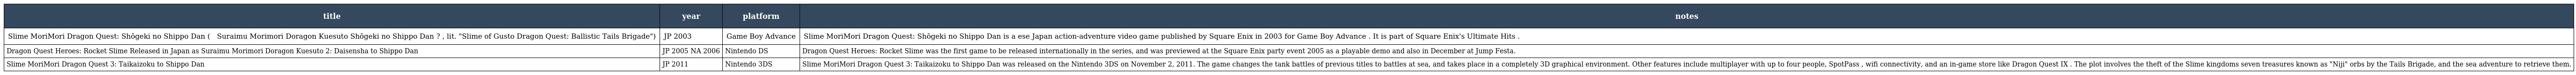
| title | year | platform | notes |
 | --- | --- | --- | --- |
 | Slime MoriMori Dragon Quest: Shōgeki no Shippo Dan ( スライムもりもりドラゴンクエスト 衝撃のしっぽ団 Suraimu Morimori Doragon Kuesuto Shōgeki no Shippo Dan ? , lit. "Slime of Gusto Dragon Quest: Ballistic Tails Brigade") | JP 2003 | Game Boy Advance | Slime MoriMori Dragon Quest: Shōgeki no Shippo Dan is a ese Japan action-adventure video game published by Square Enix in 2003 for Game Boy Advance . It is part of Square Enix's Ultimate Hits . |
 | Dragon Quest Heroes: Rocket Slime Released in Japan as Suraimu Morimori Doragon Kuesuto 2: Daisensha to Shippo Dan | JP 2005 NA 2006 | Nintendo DS | Dragon Quest Heroes: Rocket Slime was the first game to be released internationally in the series, and was previewed at the Square Enix party event 2005 as a playable demo and also in December at Jump Festa. |
 | Slime MoriMori Dragon Quest 3: Taikaizoku to Shippo Dan | JP 2011 | Nintendo 3DS | Slime MoriMori Dragon Quest 3: Taikaizoku to Shippo Dan was released on the Nintendo 3DS on November 2, 2011. The game changes the tank battles of previous titles to battles at sea, and takes place in a completely 3D graphical environment. Other features include multiplayer with up to four people, SpotPass , wifi connectivity, and an in-game store like Dragon Quest IX . The plot involves the theft of the Slime kingdoms seven treasures known as "Niji" orbs by the Tails Brigade, and the sea adventure to retrieve them. |